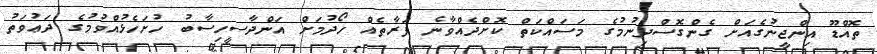
ތޮއްޑޫ އިންޖީނުގެއަށް ގެންގޮސްދިނުމުގެ މަސައްކަތް ކޮށްދެއްވާނެ ފަރާތެއް ހޯދުމަށް އަންދާސީހިސާބު ހުށަހެޅުއްވުމުގެ ދަޢުވަތު